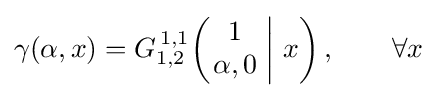
\gamma (\alpha ,x)=G_{1,2}^{\,1,1}\!\left(\left.{\begin{matrix}1\\\alpha ,0\end{matrix}}\;\right|\,x\right),\qquad \forall x